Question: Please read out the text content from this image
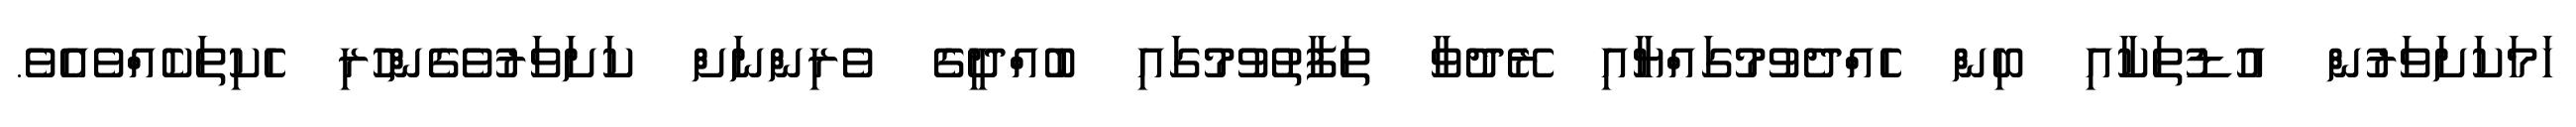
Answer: ހަމަކަށަވަރުން އުޑުތަކާއި ބިން ހެއްދެވުމުގައްޔާއި ރޭދުވާ ތަފާތުވުމުގައި ބުއްދީގެ ވެރިންނަށް ކަށަވަރުވެގެންހުރި ހެކިތަކެއްވެއެވެ.